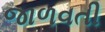
જાળવતી